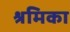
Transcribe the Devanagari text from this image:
श्रमिका